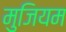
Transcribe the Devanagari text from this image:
मुजियम